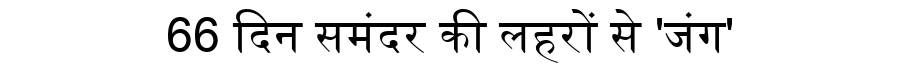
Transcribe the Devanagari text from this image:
66 दिन समंदर की लहरों से 'जंग'